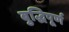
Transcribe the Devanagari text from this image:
बुद्धिपूर्ण